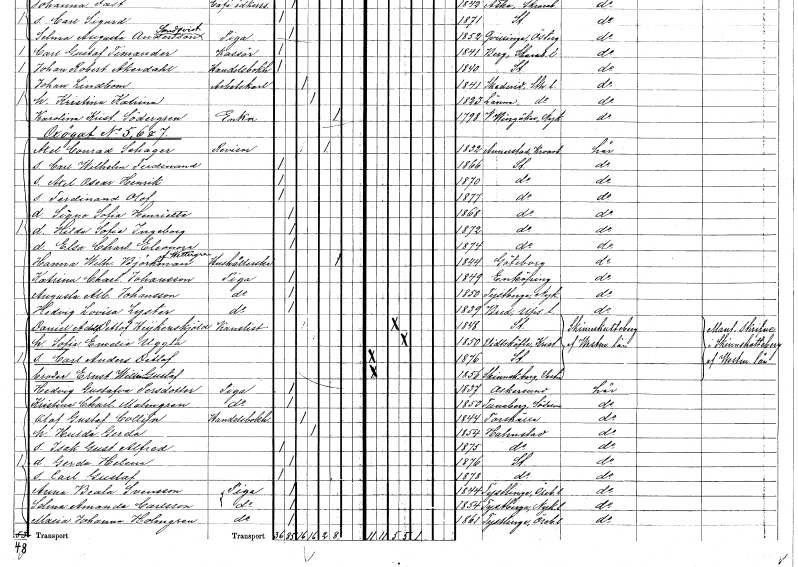
gt_parse: households: individuals: FN: Ferdinand Olof
KON: M
CIV: O
FODAR: 1877
FODFORS: Stockholm
FN: Signe Sofia Henriette
KON: K
CIV: O
FODAR: 1868
FODFORS: Stockholm
FN: Hilda Sofia Ingeborg
KON: K
CIV: O
FODAR: 1872
FODFORS: Stockholm
FN: Elsa Charlotta Eleonora
KON: K
CIV: O
FODAR: 1874
FODFORS: Stockholm
FN: Hanna Wilhelmina
EN: Björkman Wettergren
YRKE: Hushållerska
KON: K
CIV: E
FODAR: 1844
FODFORS: Göteborg Göteborgs- och Bohuslän
FN: Katrina Charlotta
EN: Johansson
YRKE: Piga
KON: K
CIV: O
FODAR: 1849
FODFORS: Enköping Uppsala län
FN: Augusta Albertina
EN: Johansson
YRKE: Piga
KON: K
CIV: O
FODAR: 1850
FODFORS: Tystberga Södermanlands län
FN: Hedvig Lovisa
EN: Lyster
YRKE: Piga
KON: K
CIV: O
FODAR: 1839
FODFORS: Bred Uppsala län
FN: Daniel Adolf Detlof
EN: Heijkenskjöld
YRKE: Kanslist
KON: M
CIV: G
FODAR: 1848
FODFORS: Stockholm
FN: Sofia Emelie
EN: Uggla
KON: K
CIV: G
FODAR: 1850
FODFORS: Vittskövle Kristianstads län
FN: Carl Anders Detlof
KON: M
CIV: O
FODAR: 1876
FODFORS: Stockholm
FN: Ernst William Gustaf
KON: M
CIV: O
FODAR: 1856
FODFORS: Skinnskatteberg Västmanlands län
FN: Hedvig Gustafva
EN: Persdotter
YRKE: Piga
KON: K
CIV: O
FODAR: 1837
FODFORS: Askersund Örebro län
FN: Kristina Charlotta
EN: Malmgren
YRKE: Piga
KON: K
CIV: O
FODAR: 1853
FODFORS: Tunaberg Södermanlands län
FN: Olof Gustaf
EN: Collijn
YRKE: Handelsbokhållare
KON: M
CIV: G
FODAR: 1844
FODFORS: Torshälla Södermanlands län
FN: Hulda Gerda
KON: K
CIV: G
FODAR: 1854
FODFORS: Halmstad Hallands län
FN: Isak Gustaf Alfred
KON: M
CIV: O
FODAR: 1875
FODFORS: Halmstad Hallands län
FN: Gerda Helena
KON: K
CIV: O
FODAR: 1876
FODFORS: Stockholm
FN: Carl Gustaf
KON: M
CIV: O
FODAR: 1878
FODFORS: Stockholm
FN: Anna Beata
EN: Svensson
YRKE: Piga
KON: K
CIV: O
FODAR: 1844
FODFORS: Tysslinge Örebro län
FN: Selma Amanda
EN: Carlsson
YRKE: Piga
KON: K
CIV: O
FODAR: 1854
FODFORS: Tystberga Södermanlands län
FN: Maria Johanna
EN: Holmgren
YRKE: Piga
KON: K
CIV: O
FODAR: 1861
FODFORS: Tysslinge Örebro län